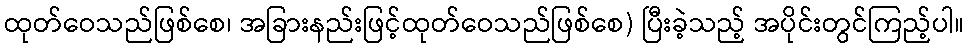
ထုတ်ဝေသည်ဖြစ်စေ၊ အခြားနည်းဖြင့်ထုတ်ဝေသည်ဖြစ်စေ) ပြီးခဲ့သည့် အပိုင်းတွင်ကြည့်ပါ။